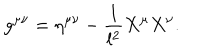
g ^ { \mu \nu } = \eta ^ { \mu \nu } - \frac { 1 } { l ^ { 2 } } X ^ { \mu } X ^ { \nu } .